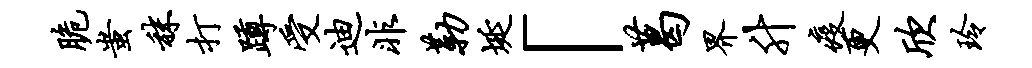
脆蚩秣打蹲受迪非勒埏「葛界升疫更欣玲